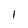
Character: l